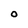
Character: O